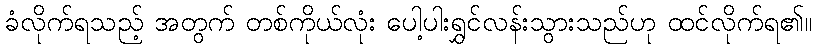
ခံလိုက်ရသည့် အတွက် တစ်ကိုယ်လုံး ပေါ့ပါးရွှင်လန်းသွားသည်ဟု ထင်လိုက်ရ၏။